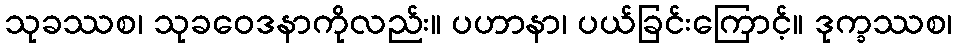
သုခဿစ၊ သုခဝေဒနာကိုလည်း။ ပဟာနာ၊ ပယ်ခြင်းကြောင့်။ ဒုက္ခဿစ၊